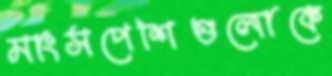
মাংসপেশিগুলোকে